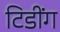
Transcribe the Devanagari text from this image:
टिडींग